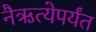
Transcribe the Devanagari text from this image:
नैऋत्येपर्यंत